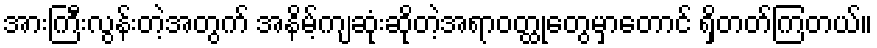
အားကြီးလွန်းတဲ့အတွက် အနိမ့်ကျဆုံးဆိုတဲ့အရာဝတ္ထုတွေမှာတောင် ရှိတတ်ကြတယ်။